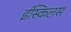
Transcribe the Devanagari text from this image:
ईस्किलस